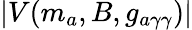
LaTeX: |V(m_{a},B,g_{a\gamma\gamma})|